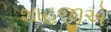
શાહજીએ